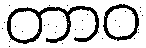
တာဝ